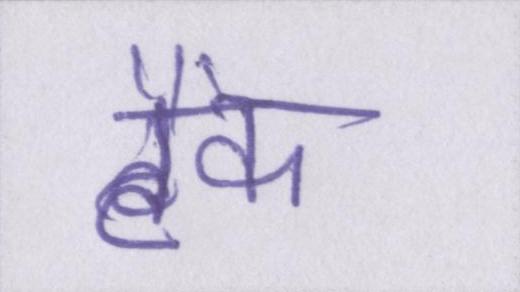
टैंक